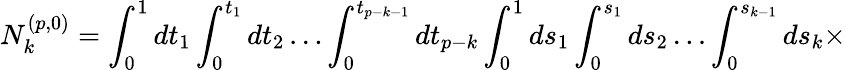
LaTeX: N_{k}^{(p,0)}=\int_{0}^{1}dt_{1}\int_{0}^{t_{1}}dt_{2}\ldots\int_{0}^{t_{p-k-1}}dt_{p-k}\int_{0}^{1}ds_{1}\int_{0}^{s_{1}}ds_{2}\ldots\int_{0}^{s_{k-1}}ds_{k}\times